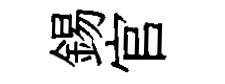
錫官